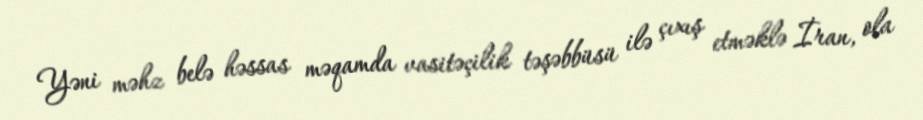
Yəni məhz belə həssas məqamda vasitəçilik təşəbbüsü ilə çıxış etməklə İran, ola